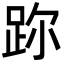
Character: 䟢